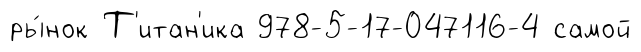
ры́нок Т'итан'ика 978-5-17-047116-4 самой